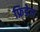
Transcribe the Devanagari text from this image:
फ्रिडेल